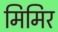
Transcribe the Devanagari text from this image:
मिमिर